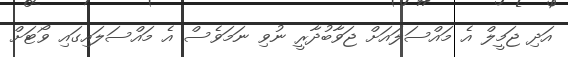
އަދި ޖަމީލް އެ މައްސަލައަށް ޖަވާބުދާރީ ނުވި ނަމަވެސް އެ މައްސަލައިގައި ވޯޓަށް